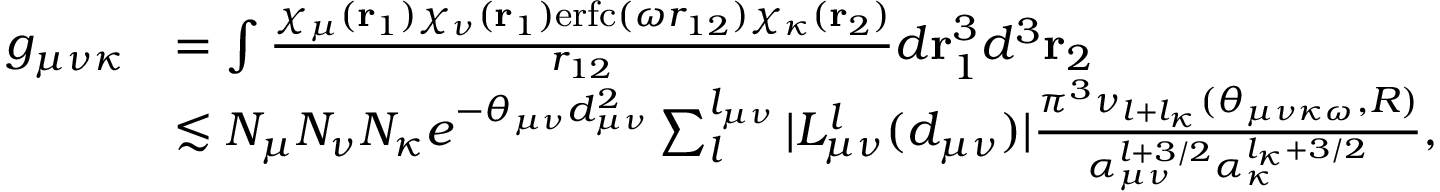
\begin{array} { r l } { g _ { \mu \nu \kappa } } & { = \int \frac { \chi _ { \mu } ( \mathbf { r } _ { 1 } ) \chi _ { \nu } ( \mathbf { r } _ { 1 } ) \mathrm { e r f c } ( \omega r _ { 1 2 } ) \chi _ { \kappa } ( \mathbf { r } _ { 2 } ) } { r _ { 1 2 } } d \mathbf { r } _ { 1 } ^ { 3 } d ^ { 3 } \mathbf { r } _ { 2 } } \\ & { \lesssim N _ { \mu } N _ { \nu } N _ { \kappa } e ^ { - \theta _ { \mu \nu } d _ { \mu \nu } ^ { 2 } } \sum _ { l } ^ { l _ { \mu \nu } } | L _ { \mu \nu } ^ { l } ( d _ { \mu \nu } ) | \frac { \pi ^ { 3 } \nu _ { l + l _ { \kappa } } ( \theta _ { \mu \nu \kappa \omega } , R ) } { \alpha _ { \mu \nu } ^ { l + 3 / 2 } \alpha _ { \kappa } ^ { l _ { \kappa } + 3 / 2 } } , } \end{array}